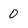
Character: 0